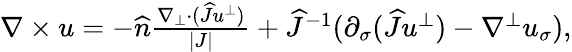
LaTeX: \begin{array}{r}{\nabla\times u=-\widehat{n}\frac{\nabla_{\bot}\cdot(\widehat{J}u^{\bot})}{|J|}+\widehat{J}^{-1}(\partial_{\sigma}(\widehat{J}u^{\bot})-\nabla^{\bot}u_{\sigma}),}\end{array}